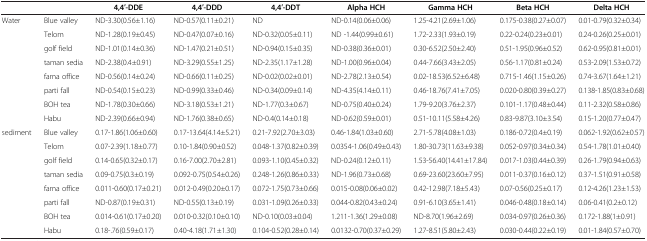
<table><thead><tr><td><b> </b></td><td><b> </b></td><td><b>4,4′-DDE</b></td><td><b>4,4′-DDD</b></td><td><b>4,4′-DDT</b></td><td><b>Alpha HCH</b></td><td><b>Gamma HCH</b></td><td><b>Beta HCH</b></td><td><b>Delta HCH</b></td></tr></thead><tbody><tr><td rowspan="8">Water</td><td>Blue valley</td><td>ND-3.30(0.56±1.16)</td><td>ND-0.57(0.11±0.21)</td><td>ND</td><td>ND-0.14(0.06±0.06)</td><td>1.25-4.21(2.69±1.06)</td><td>0.175-0.38(0.27±0.07)</td><td>0.01-0.79(0.32±0.34)</td></tr><tr><td>Telom</td><td>ND-1.28(0.19±0.45)</td><td>ND-0.47(0.07±0.16)</td><td>ND-0.32(0.05±0.11)</td><td>ND -1.44(0.99±0.61)</td><td>1.72-2.33(1.93±0.19)</td><td>0.22-0.24(0.23±0.01)</td><td>0.24-0.26(0.25±0.01)</td></tr><tr><td>golf field</td><td>ND-1.01(0.14±0.36)</td><td>ND-1.47(0.21±0.51)</td><td>ND-0.94(0.15±0.35)</td><td>ND-0.38(0.36±0.01)</td><td>0.30-6.52(2.50±2.40)</td><td>0.51-1.95(0.96±0.52)</td><td>0.62-0.95(0.81±0.01)</td></tr><tr><td>taman sedia</td><td>ND-2.38(0.4±0.91)</td><td>ND-3.29(0.55±1.25)</td><td>ND-2.35(1.17±1.28)</td><td>ND-1.00(0.96±0.04)</td><td>0.44-7.66(3.43±2.05)</td><td>0.56-1.17(0.81±0.24)</td><td>0.53-2.09(1.53±0.72)</td></tr><tr><td>fama office</td><td>ND-0.56(0.14±0.24)</td><td>ND-0.66(0.11±0.25)</td><td>ND-0.02(0.02±0.01)</td><td>ND-2.78(2.13±0.54)</td><td>0.02-18.53(6.52±6.48)</td><td>0.715-1.46(1.15±0.26)</td><td>0.74-3.67(1.64±1.21)</td></tr><tr><td>parti fall</td><td>ND-0.54(0.15±0.23)</td><td>ND-0.99(0.33±0.46)</td><td>ND-0.34(0.09±0.14)</td><td>ND-4.35(4.14±0.11)</td><td>0.46-18.76(7.41±7.05)</td><td>0.020-0.80(0.39±0.27)</td><td>0.138-1.85(0.83±0.68)</td></tr><tr><td>BOH tea</td><td>ND-1.78(0.30±0.66)</td><td>ND-3.18(0.53±1.21)</td><td>ND-1.77(0.3±0.67)</td><td>ND-0.75(0.40±0.24)</td><td>1.79-9.20(3.76±2.37)</td><td>0.101-1.17(0.48±0.44)</td><td>0.11-2.32(0.58±0.86)</td></tr><tr><td>Habu</td><td>ND-2.39(0.66±0.94)</td><td>ND-1.76(0.38±0.65)</td><td>ND-0.4(0.14±0.18)</td><td>ND-0.62(0.59±0.01)</td><td>0.51-10.11(5.58±4.26)</td><td>0.83-9.87(3.10±3.54)</td><td>0.15-1.20(0.77±0.47)</td></tr><tr><td rowspan="7">sediment</td><td>Blue valley</td><td>0.17-1.86(1.06±0.60)</td><td>0.17-13.64(4.14±5.21)</td><td>0.21-7.92(2.70±3.03)</td><td>0.46-1.84(1.03±0.60)</td><td>2.71-5.78(4.08±1.03)</td><td>0.186-0.72(0.4±0.19)</td><td>0.062-1.92(0.62±0.57)</td></tr><tr><td>Telom</td><td>0.07-2.39(1.18±0.77)</td><td>0.10-1.84(0.90±0.52)</td><td>0.048-1.37(0.82±0.39)</td><td>0.0354-1.06(0.49±0.43)</td><td>1.80-30.73(11.63±9.38)</td><td>0.052-0.97(0.34±0.34)</td><td>0.54-1.78(1.01±0.40)</td></tr><tr><td>golf field</td><td>0.14-0.65(0.32±0.17)</td><td>0.16-7.00(2.70±2.81)</td><td>0.093-1.10(0.45±0.32)</td><td>ND-0.24(0.12±0.11)</td><td>1.53-56.40(14.41±17.84)</td><td>0.017-1.03(0.44±0.39)</td><td>0.26-1.79(0.94±0.63)</td></tr><tr><td>taman sedia</td><td>0.09-0.75(0.3±0.19)</td><td>0.092-0.75(0.54±0.26)</td><td>0.248-1.26(0.86±0.33)</td><td>ND-1.96(0.73±0.68)</td><td>0.69-23.60(23.60±7.95)</td><td>0.011-0.37(0.16±0.12)</td><td>0.37-1.51(0.91±0.58)</td></tr><tr><td>fama office</td><td>0.011-0.60(0.17±0.21)</td><td>0.012-0.49(0.20±0.17)</td><td>0.072-1.75(0.73±0.66)</td><td>0.015-0.08(0.06±0.02)</td><td>0.42-12.98(7.18±5.43)</td><td>0.07-0.56(0.25±0.17)</td><td>0.12-4.26(1.23±1.53)</td></tr><tr><td>parti fall</td><td>ND-0.87(0.19±0.31)</td><td>ND-0.55(0.13±0.19)</td><td>0.031-1.09(0.26±0.33)</td><td>0.044-0.82(0.43±0.24)</td><td>0.91-6.10(3.65±1.41)</td><td>0.046-0.48(0.18±0.14)</td><td>0.06-0.41(0.2±0.12)</td></tr><tr><td>BOH tea</td><td>0.014-0.61(0.17±0.20)</td><td>0.010-0.32(0.10±0.10)</td><td>ND-0.10(0.03±0.04)</td><td>1.211-1.36(1.29±0.08)</td><td>ND-8.70(1.96±2.69)</td><td>0.034-0.97(0.26±0.36)</td><td>0.172-1.88(1±0.91)</td></tr><tr><td> </td><td>Habu</td><td>0.18-.76(0.59±0.17)</td><td>0.40-4.18(1.71±1.30)</td><td>0.104-0.52(0.28±0.14)</td><td>0.0132-0.70(0.37±0.29)</td><td>1.27-8.51(5.80±2.43)</td><td>0.030-0.44(0.22±0.19)</td><td>0.01-1.84(0.57±0.70)</td></tr></tbody></table>